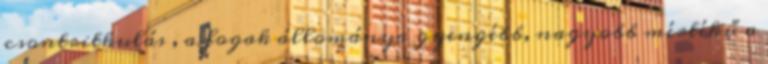
csontritkulás , a fogak állománya gyengébb, nagyobb mértékű a